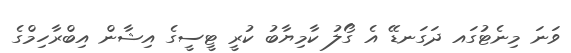
ވަނަ މިނެޓުގައ ދަގަނޑޭ އެ ގޯލު ކާމިޔާބު ކުރީ ޓީސީގެ އިޝާން އިބްރާހިމްގެ